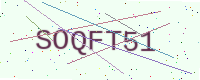
Text: SOQFT51